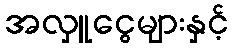
အလှူငွေများနှင့်